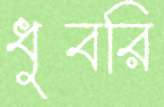
ধুবরি